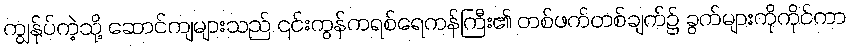
ကျွန်ုပ်ကဲ့သို့ ဆောင်ကျများသည် ၎င်းကွန်ကရစ်ရေကန်ကြီး၏ တစ်ဖက်တစ်ချက်၌ ခွက်များကိုကိုင်ကာ